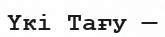
Үкі Тағу —